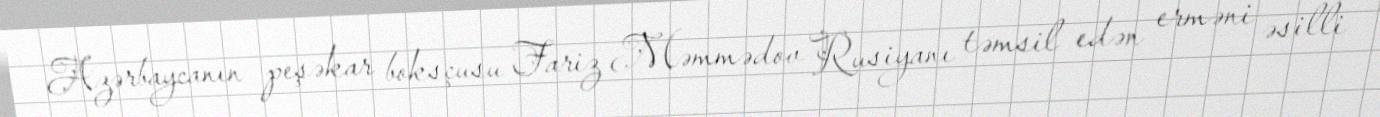
Azərbaycanın peşəkar boksçusu Fariz Məmmədov Rusiyanı təmsil edən erməni əsilli